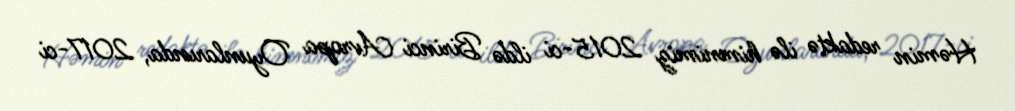
Həmin redaktə ilə himnimiz 2015-ci ildə Birinci Avropa Oyunlarında, 2017-ci